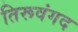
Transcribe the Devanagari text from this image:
तिरूवंगद